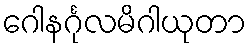
ဂေါနင်္ဂုလမိဂါယုတာ